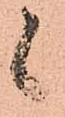
候